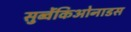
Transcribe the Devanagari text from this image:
सुब्वेंकिओनाडस